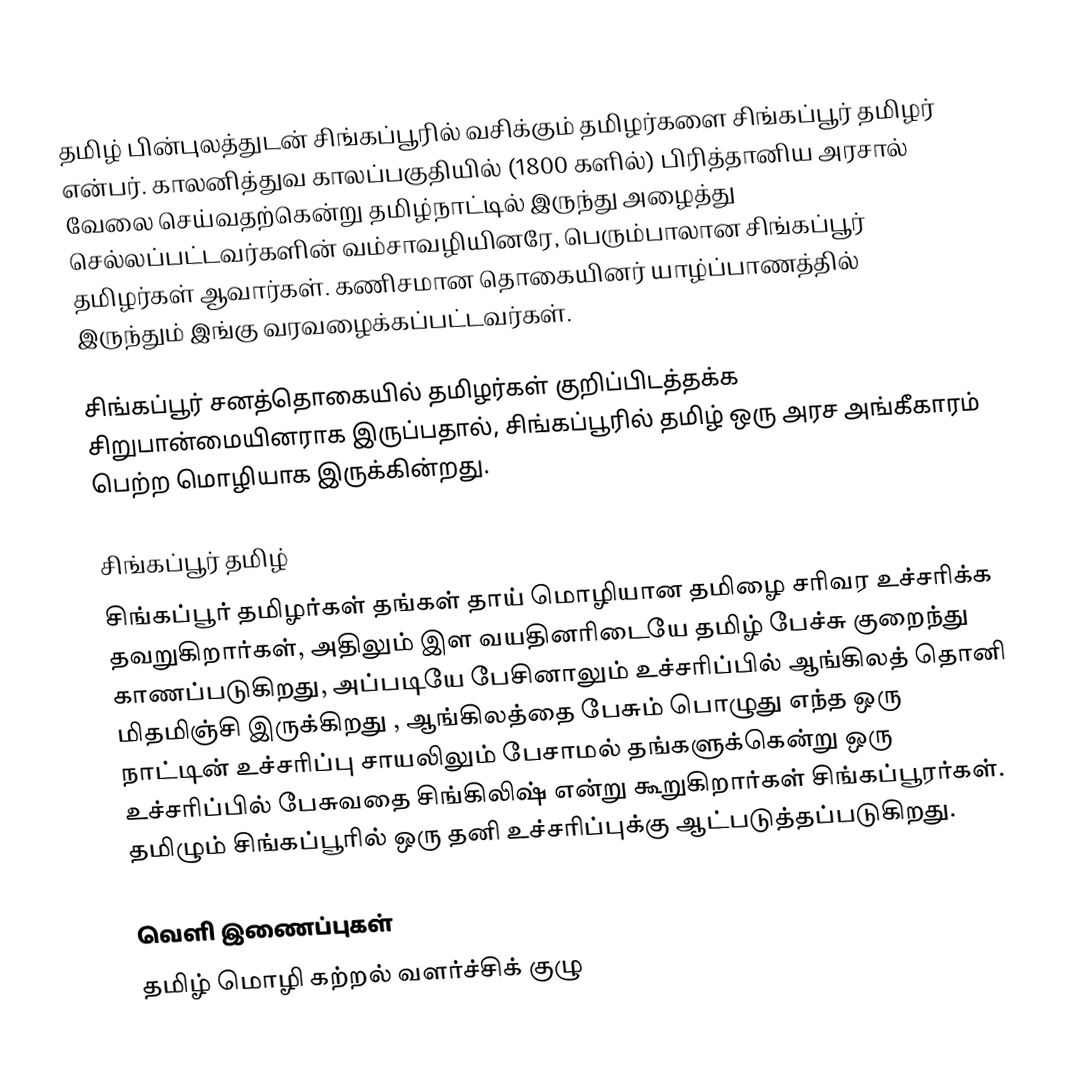
தமிழ் பின்புலத்துடன் சிங்கப்பூரில் வசிக்கும் தமிழர்களை சிங்கப்பூர் தமிழர் என்பர். காலனித்துவ காலப்பகுதியில் (1800 களில்) பிரித்தானிய அரசால் வேலை செய்வதற்கென்று தமிழ்நாட்டில் இருந்து அழைத்து செல்லப்பட்டவர்களின் வம்சாவழியினரே, பெரும்பாலான சிங்கப்பூர் தமிழர்கள் ஆவார்கள். கணிசமான தொகையினர் யாழ்ப்பாணத்தில் இருந்தும் இங்கு வரவழைக்கப்பட்டவர்கள்.

சிங்கப்பூர் சனத்தொகையில் தமிழர்கள் குறிப்பிடத்தக்க சிறுபான்மையினராக இருப்பதால், சிங்கப்பூரில் தமிழ் ஒரு அரச அங்கீகாரம் பெற்ற மொழியாக இருக்கின்றது.

சிங்கப்பூர் தமிழ்
சிங்கப்பூர் தமிழர்கள் தங்கள் தாய் மொழியான தமிழை சரிவர உச்சரிக்க தவறுகிறார்கள், அதிலும் இள வயதினரிடையே தமிழ் பேச்சு குறைந்து காணப்படுகிறது, அப்படியே பேசினாலும் உச்சரிப்பில் ஆங்கிலத் தொனி மிதமிஞ்சி இருக்கிறது , ஆங்கிலத்தை பேசும் பொழுது எந்த ஒரு நாட்டின் உச்சரிப்பு சாயலிலும் பேசாமல் தங்களுக்கென்று ஒரு உச்சரிப்பில் பேசுவதை சிங்கிலிஷ் என்று கூறுகிறார்கள் சிங்கப்பூரர்கள். தமிழும் சிங்கப்பூரில் ஒரு தனி உச்சரிப்புக்கு ஆட்படுத்தப்படுகிறது.

வெளி இணைப்புகள்
 தமிழ் மொழி கற்றல் வளர்ச்சிக் குழு